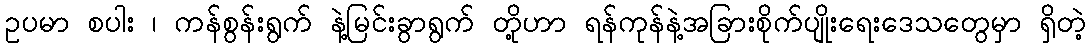
ဥပမာ စပါး ၊ ကန်စွန်းရွက် နဲ့မြင်းခွာရွက် တို့ဟာ ရန်ကုန်နဲ့အခြားစိုက်ပျိုးရေးဒေသတွေမှာ ရှိတဲ့